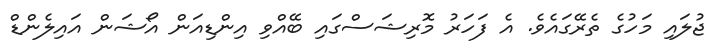
ޖުލައި މަހުގެ ތެރޭގައެވެ. އެ ފަހަރު މޮރިޝަސްގައި ބޭއްވި އިންޑިއަން އޯޝަން އައިލެންޑް